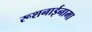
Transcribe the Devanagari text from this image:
रूशनाईनामा